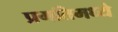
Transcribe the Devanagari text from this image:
प्रगतिमध्ये